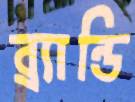
ব্র্যান্ডি